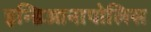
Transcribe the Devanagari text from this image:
इन्डिआनापोलिस